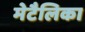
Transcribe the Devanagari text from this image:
मेटैलिका